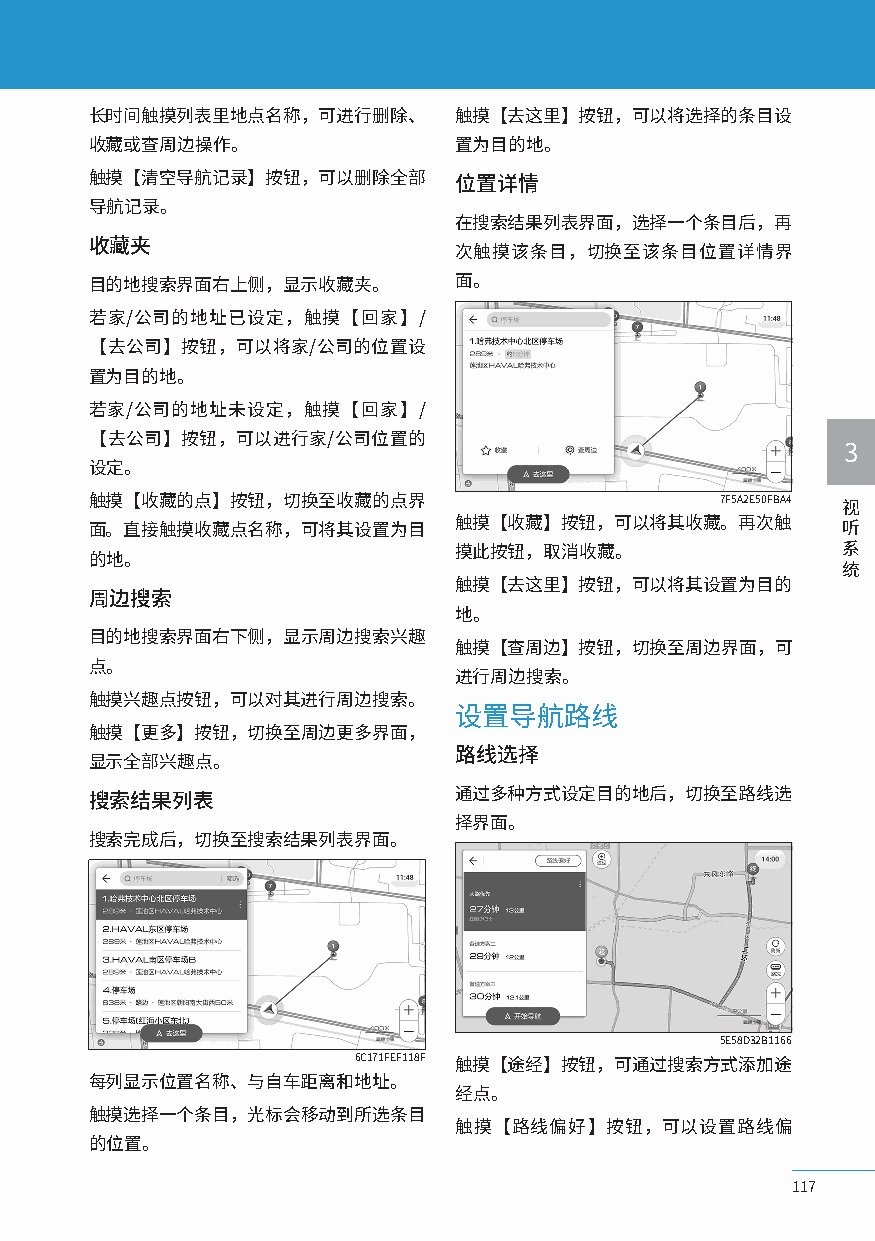
长时间触摸列表里地点名称，可进行删除、     触摸【去这里】按钮，可以将选择的条目设
 收藏或查周边操作。               置为目的地。
 触摸【清空导航记录】按钮，可以删除全部     位置详情
 导航记录。
 在搜索结果列表界面，选择一个条目后，再
 收藏夹
 次触摸该条目，切换至该条目位置详情界
 目的地搜索界面右上侧，显示收藏夹。       面。
 若家/公司的地址已设定，触摸【回家】/
 【去公司】按钮，可以将家/公司的位置设
 置为目的地。
 若家/公司的地址未设定，触摸【回家】/
 【去公司】按钮，可以进行家/公司位置的
 3
 设定。
 触摸【收藏的点】按钮，切换至收藏的点界                      7F5A2E50FBA4 视
 面。直接触摸收藏点名称，可将其设置为目     触摸【收藏】按钮，可以将其收藏。再次触       听
 摸此按钮，取消收藏。                系
 的地。
 统
 触摸【去这里】按钮，可以将其设置为目的
 周边搜索
 地。
 目的地搜索界面右下侧，显示周边搜索兴趣
 触摸【查周边】按钮，切换至周边界面，可
 点。
 进行周边搜索。
 触摸兴趣点按钮，可以对其进行周边搜索。
 设置导航路线
 触摸【更多】按钮，切换至周边更多界面，
 路线选择
 显示全部兴趣点。
 通过多种方式设定目的地后，切换至路线选
 搜索结果列表
 择界面。
 搜索完成后，切换至搜索结果列表界面。
 5E58D32B1166
 6C171FEF118F 触摸【途经】按钮，可通过搜索方式添加途
 每列显示位置名称、与自车距离和地址。
 经点。
 触摸选择一个条目，光标会移动到所选条目
 触摸【路线偏好】按钮，可以设置路线偏
 的位置。
 117